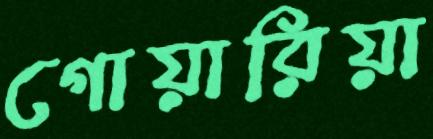
গোয়ারিয়া